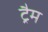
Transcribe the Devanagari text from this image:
ट्रैम